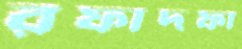
রফাদফা